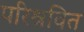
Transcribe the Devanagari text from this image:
परिश्रवित